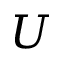
\boldsymbol { U }